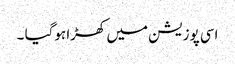
اسی پوزیشن میں کھڑا ہوگیا ۔